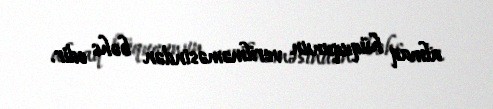
almaq hüququnun verilməməsindən bəhs edir.